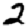
Digit: 2